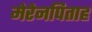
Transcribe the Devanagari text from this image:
मेरेनपिताह